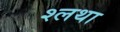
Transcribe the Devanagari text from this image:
श्लथा